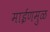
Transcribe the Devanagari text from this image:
माईणमुळ